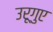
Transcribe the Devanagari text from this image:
उरूगुए